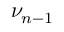
\nu _ { n - 1 }